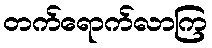
တက်ရောက်လာကြ